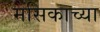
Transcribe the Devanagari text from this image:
मसिकाच्या